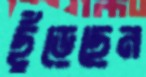
ছুঁড়েছেন